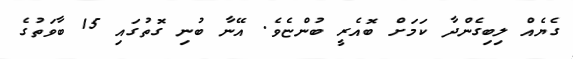
ގެޔެއް ލިބިގެންދާ ކަމަށް ބޮއެރީ ބުންޏެވެ. އޭނާ ބުނި ގޮތުގައި 15 ބާވަތުގެ